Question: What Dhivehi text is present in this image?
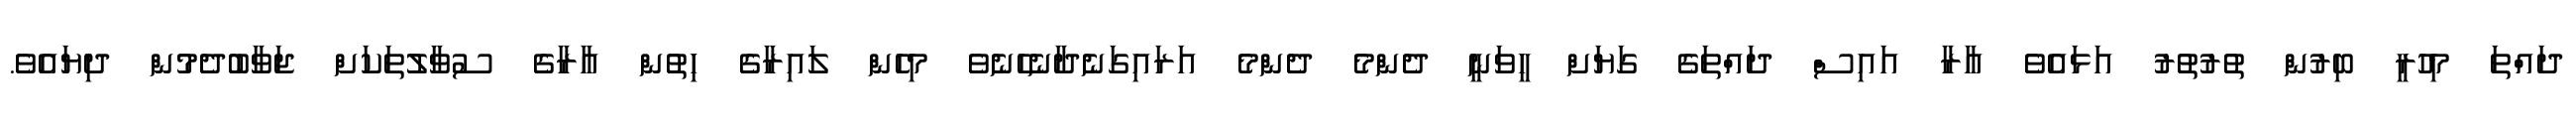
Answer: ދައްތަ މިހުރީ ބިރުން ތުރުތުރު އަޅައެވެ އާރާ އައިސް ދައްތަގެ ގަޔަށް ހީވަނީ ދެންމެ ދެންމެ އަރައިގަނެދާނެހެނެވެ މިހެން ލައިރާގެ ހިތުން އާރާގެ ސުވާލުތަކަށް ޖަވާބުދެމުން ދިޔައެވެ.